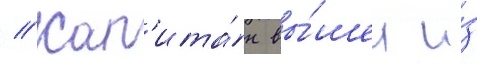
// Кап'ита́н вы́шел и́з